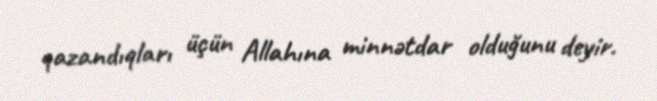
qazandıqları üçün Allahına minnətdar olduğunu deyir.